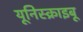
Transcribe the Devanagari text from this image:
यूनिस्क्राइबू